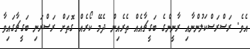
އެވެ. ރަސްރަސްކަލުންނާއި ރާނީންގެ ބަގީޗާއެއް ތެރެއިން ދެމޭ ކޯރެއް ގޮތަށް ރަސްރަނި ބަގީޗާގައިވާ